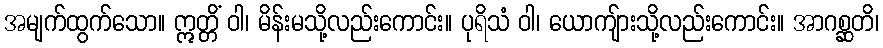
အမျက်ထွက်သော။ ဣတ္တိံ ဝါ၊ မိန်းမသို့လည်းကောင်း။ ပုရိသံ ဝါ၊ ယောကျ်ားသို့လည်းကောင်း။ အာဂစ္ဆတိ၊